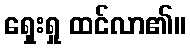
ရှေးရှု ထင်လာ၏။